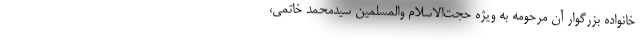
خانواده بزرگوار آن مرحومه به ویژه حجت‌الاسلام والمسلمین سیدمحمد خاتمی،